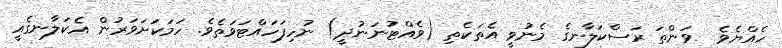
ހެއްޔެވެ  ވަންތަ ރަސްކަލާނގެ މެނުވީ އެތަކެތި (ވެއްޓުނަނުދީ) ނުހިފަހައްޓަވަތެވެ. ހަމަކަށަވަރުން އެކަލާނގެއީ